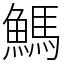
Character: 鰢